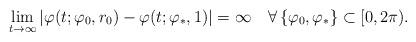
LaTeX: \begin{gather*}\lim_{t\to\infty}\left|\varphi(t;\varphi_{0},r_{0})-\varphi(t;\varphi_{\ast},1)\right|=\infty\quad\forall\left\{ \varphi_{0},\varphi_{\ast}\right\} \subset[0,2\pi).\end{gather*}